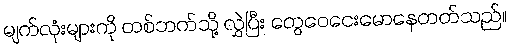
မျက်လုံးများကို တစ်ဘက်သို့ လွှဲပြီး တွေဝေငေးမောနေတတ်သည်။